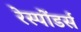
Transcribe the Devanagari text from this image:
रेस्पोंडर्स